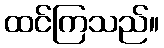
ထင်ကြသည်။